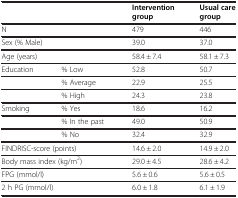
| <COLSPAN=2>  | Intervention group | Usual care group |
 | --- | --- | --- | --- |
 | <COLSPAN=2> N | 479 | 446 |
 | <COLSPAN=2> Sex (% Male) | 39.0 | 37.0 |
 | <COLSPAN=2> Age (years) | 58.4 ± 7.4 | 58.1 ± 7.3 |
 | Education | % Low | 52.8 | 50.7 |
 |  | % Average | 22.9 | 25.5 |
 |  | % High | 24.3 | 23.8 |
 | Smoking | % Yes | 18.6 | 16.2 |
 |  | % In the past | 49.0 | 50.9 |
 |  | % No | 32.4 | 32.9 |
 | <COLSPAN=2> FINDRISC-score (points) | 14.6 ± 2.0 | 14.9 ± 2.0 |
 | <COLSPAN=2> Body mass index (kg/m2) | 29.0 ± 4.5 | 28.6 ± 4.2 |
 | <COLSPAN=2> FPG (mmol/l) | 5.6 ± 0.6 | 5.6 ± 0.5 |
 | <COLSPAN=2> 2 h PG (mmol/l) | 6.0 ± 1.8 | 6.1 ± 1.9 |